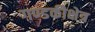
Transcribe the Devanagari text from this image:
गण्डकीक्षेत्र